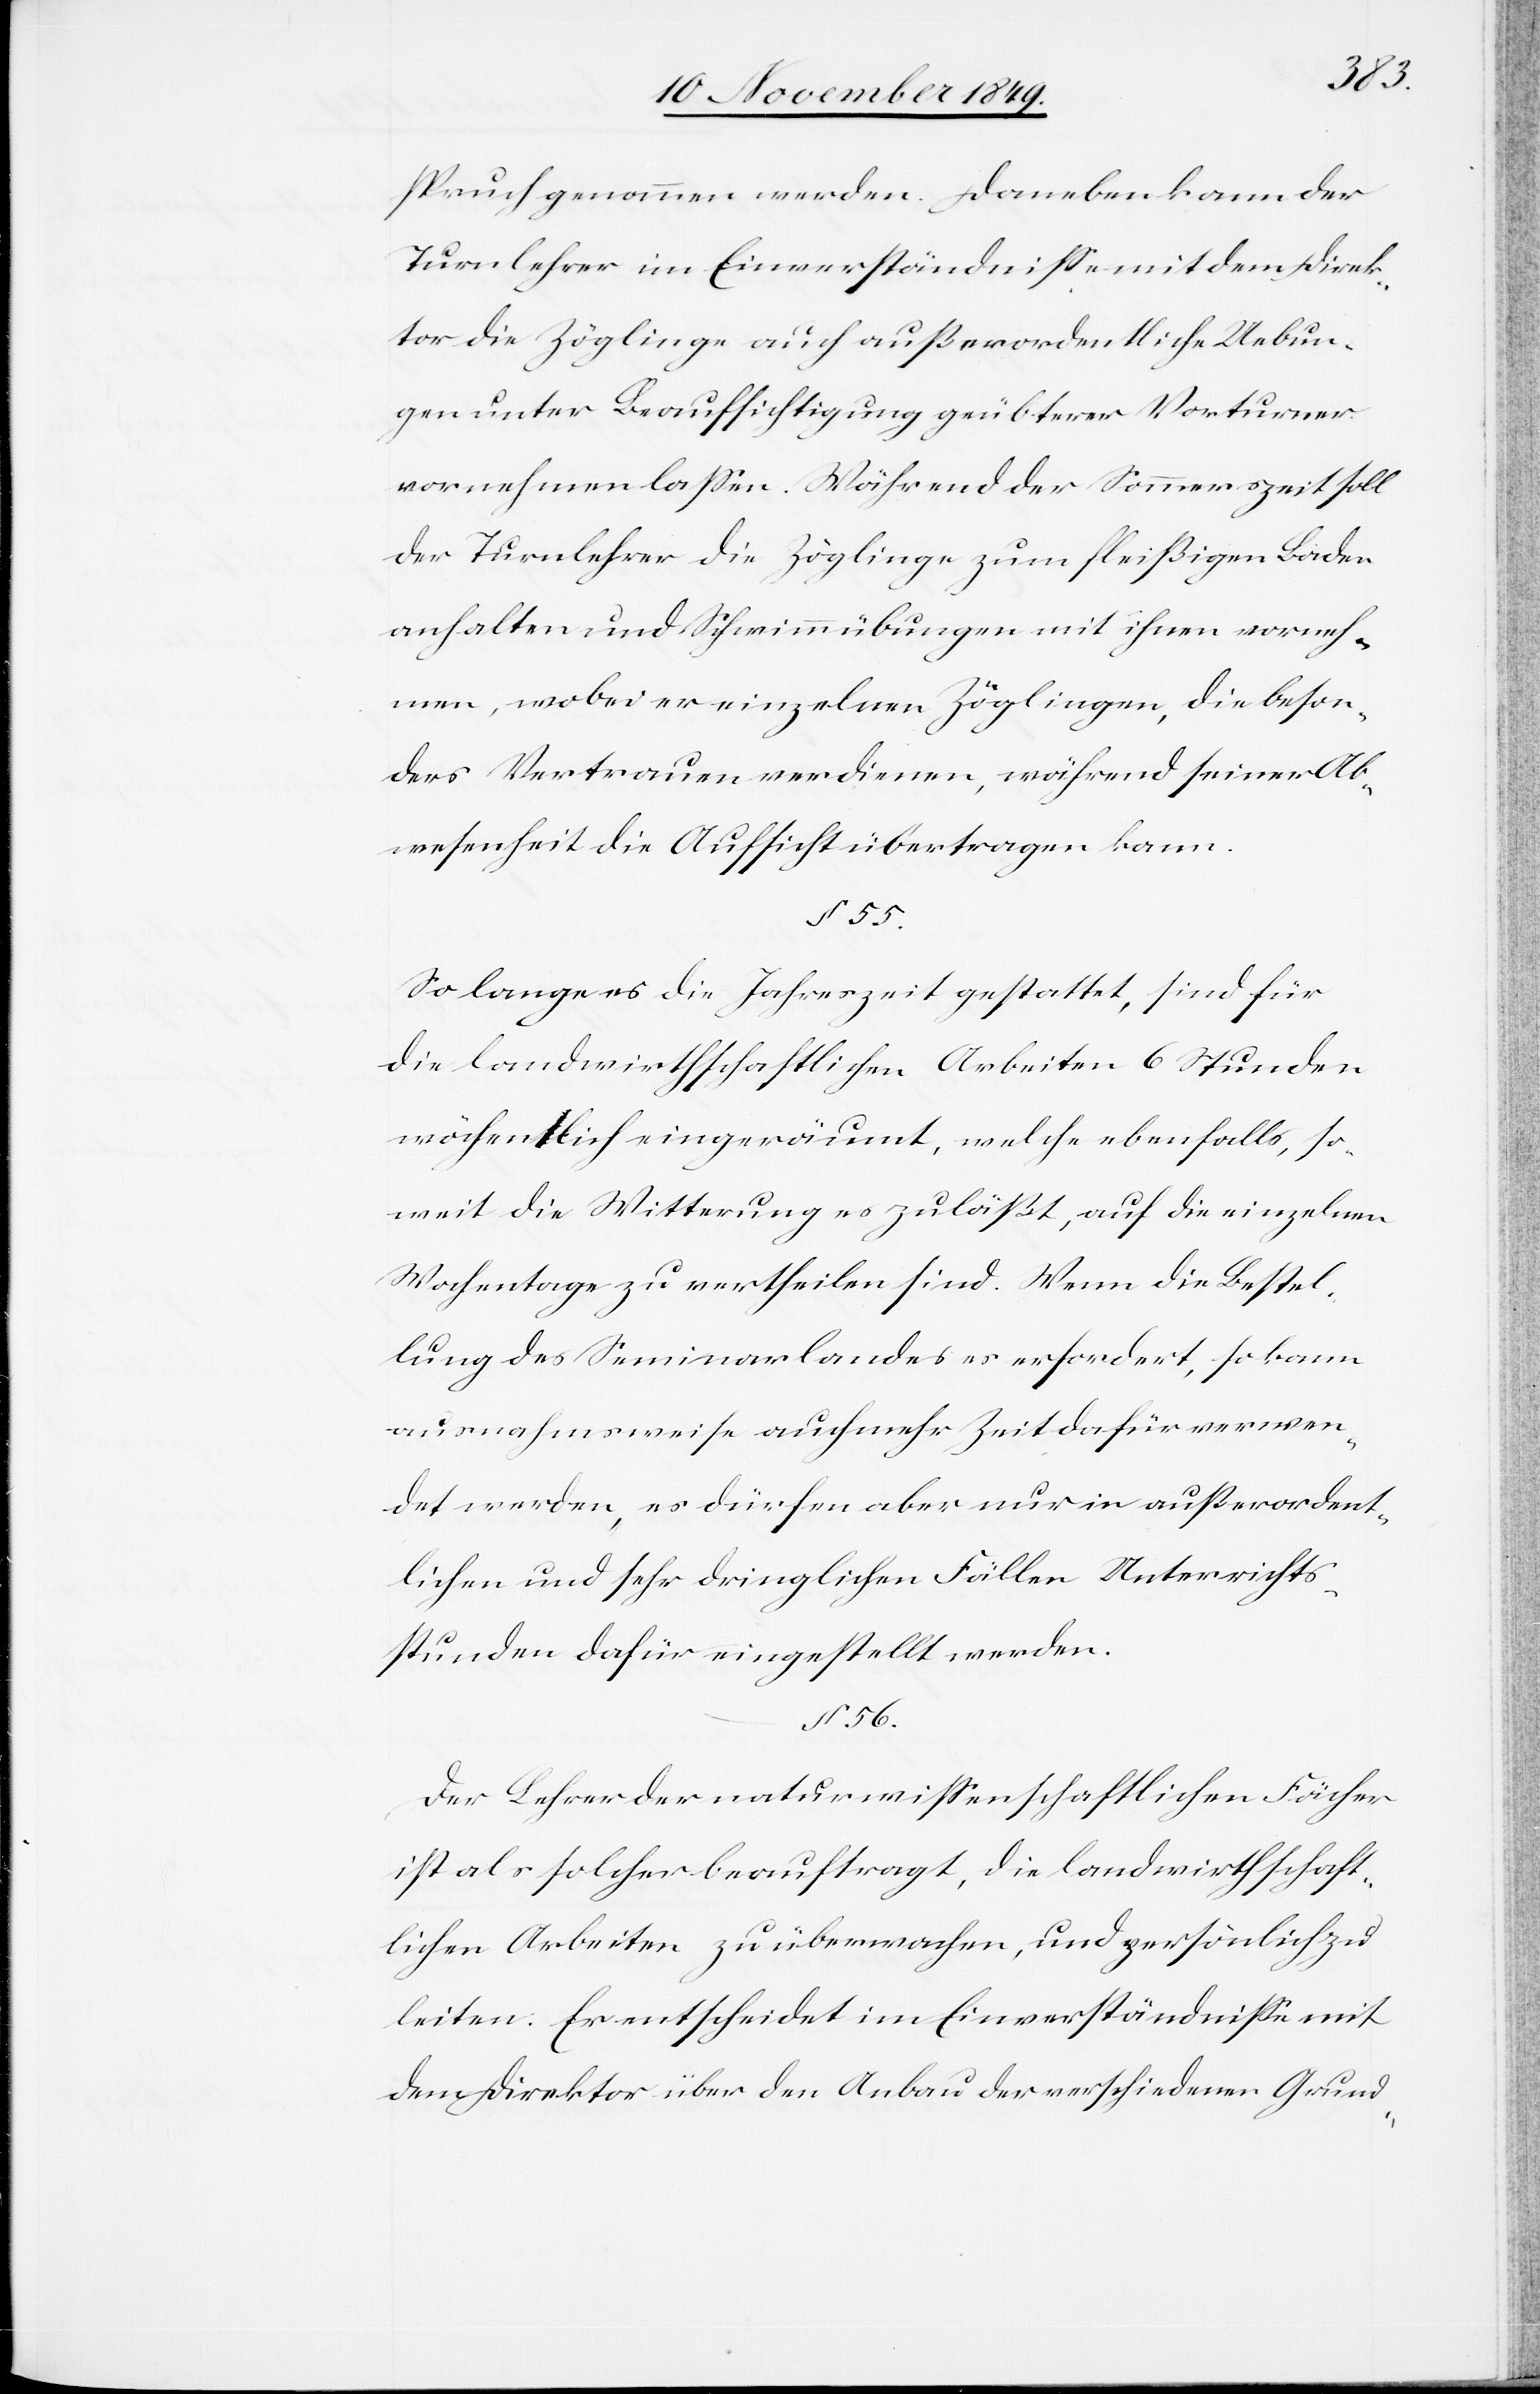
55.
spruch genommen werden. Daneben kann der
Turnlehrer im Einverständniße mit dem Direk¬
tor der Zöglinge auch außerordentliche Uebun¬
gen unter Beaufsichtigung geübterer Vorturner
vornehmen laßen. Während der Sommerszeit soll
der Turnlehrer die Zöglinge zum fleißigen Baden
anhalten und Schwimmübungen mit ihnen vorneh¬
men, wobei er einzelnen Zöglingen, die beson¬
ders Vertrauen verdienen, während seiner Ab¬
wesenheit die Aufsicht übertragen kann.
So lange es die Jahreszeit gestattet, sind für
die landwirthschaftlichen Arbeiten 6 Stunden
wöchentlich eingeräumt, welche ebenfalls, so¬
weit die Witterung es zuläßt, auf die einzelnen
Wochentage zu vertheilen sind. Wenn die Bestel¬
lung des Seminarlandes es erfordert, so kann
ausnahmsweise auch mehr Zeit dafür verwen¬
det werden, es dürfen aber nur in außerordent¬
lichen und sehr dringlichen Fällen Unterrichts¬
stunden dafür eingestellt werden.
§ 56.
Der Lehrer der naturwißenschaftlichen Fächer
ist als solcher beauftragt, die landwirthschaft¬
lichen Arbeiten zu übernehmen, und persönlich zu
leiten. Er entscheidet im Einverständniße mit
dem Direktor über den Anbau der verschiedenen Grund-